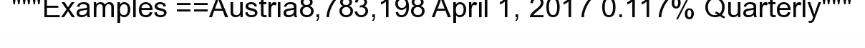
"""Examples ==Austria8,783,198 April 1, 2017 0.117% Quarterly"""